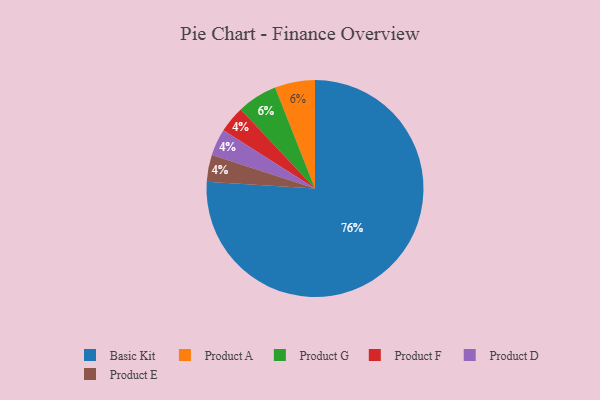
{"axis": {"x": "Category", "y": "Percentage"}, "legend": ["Basic Kit", "Product A", "Product D", "Product E", "Product F", "Product G"], "data": [{"x": "Product F", "y": 4, "type": "Product F"}, {"x": "Product A", "y": 6, "type": "Product A"}, {"x": "Product D", "y": 4, "type": "Product D"}, {"x": "Basic Kit", "y": 76, "type": "Basic Kit"}, {"x": "Product E", "y": 4, "type": "Product E"}, {"x": "Product G", "y": 6, "type": "Product G"}]}